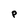
Character: P